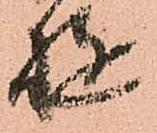
遊